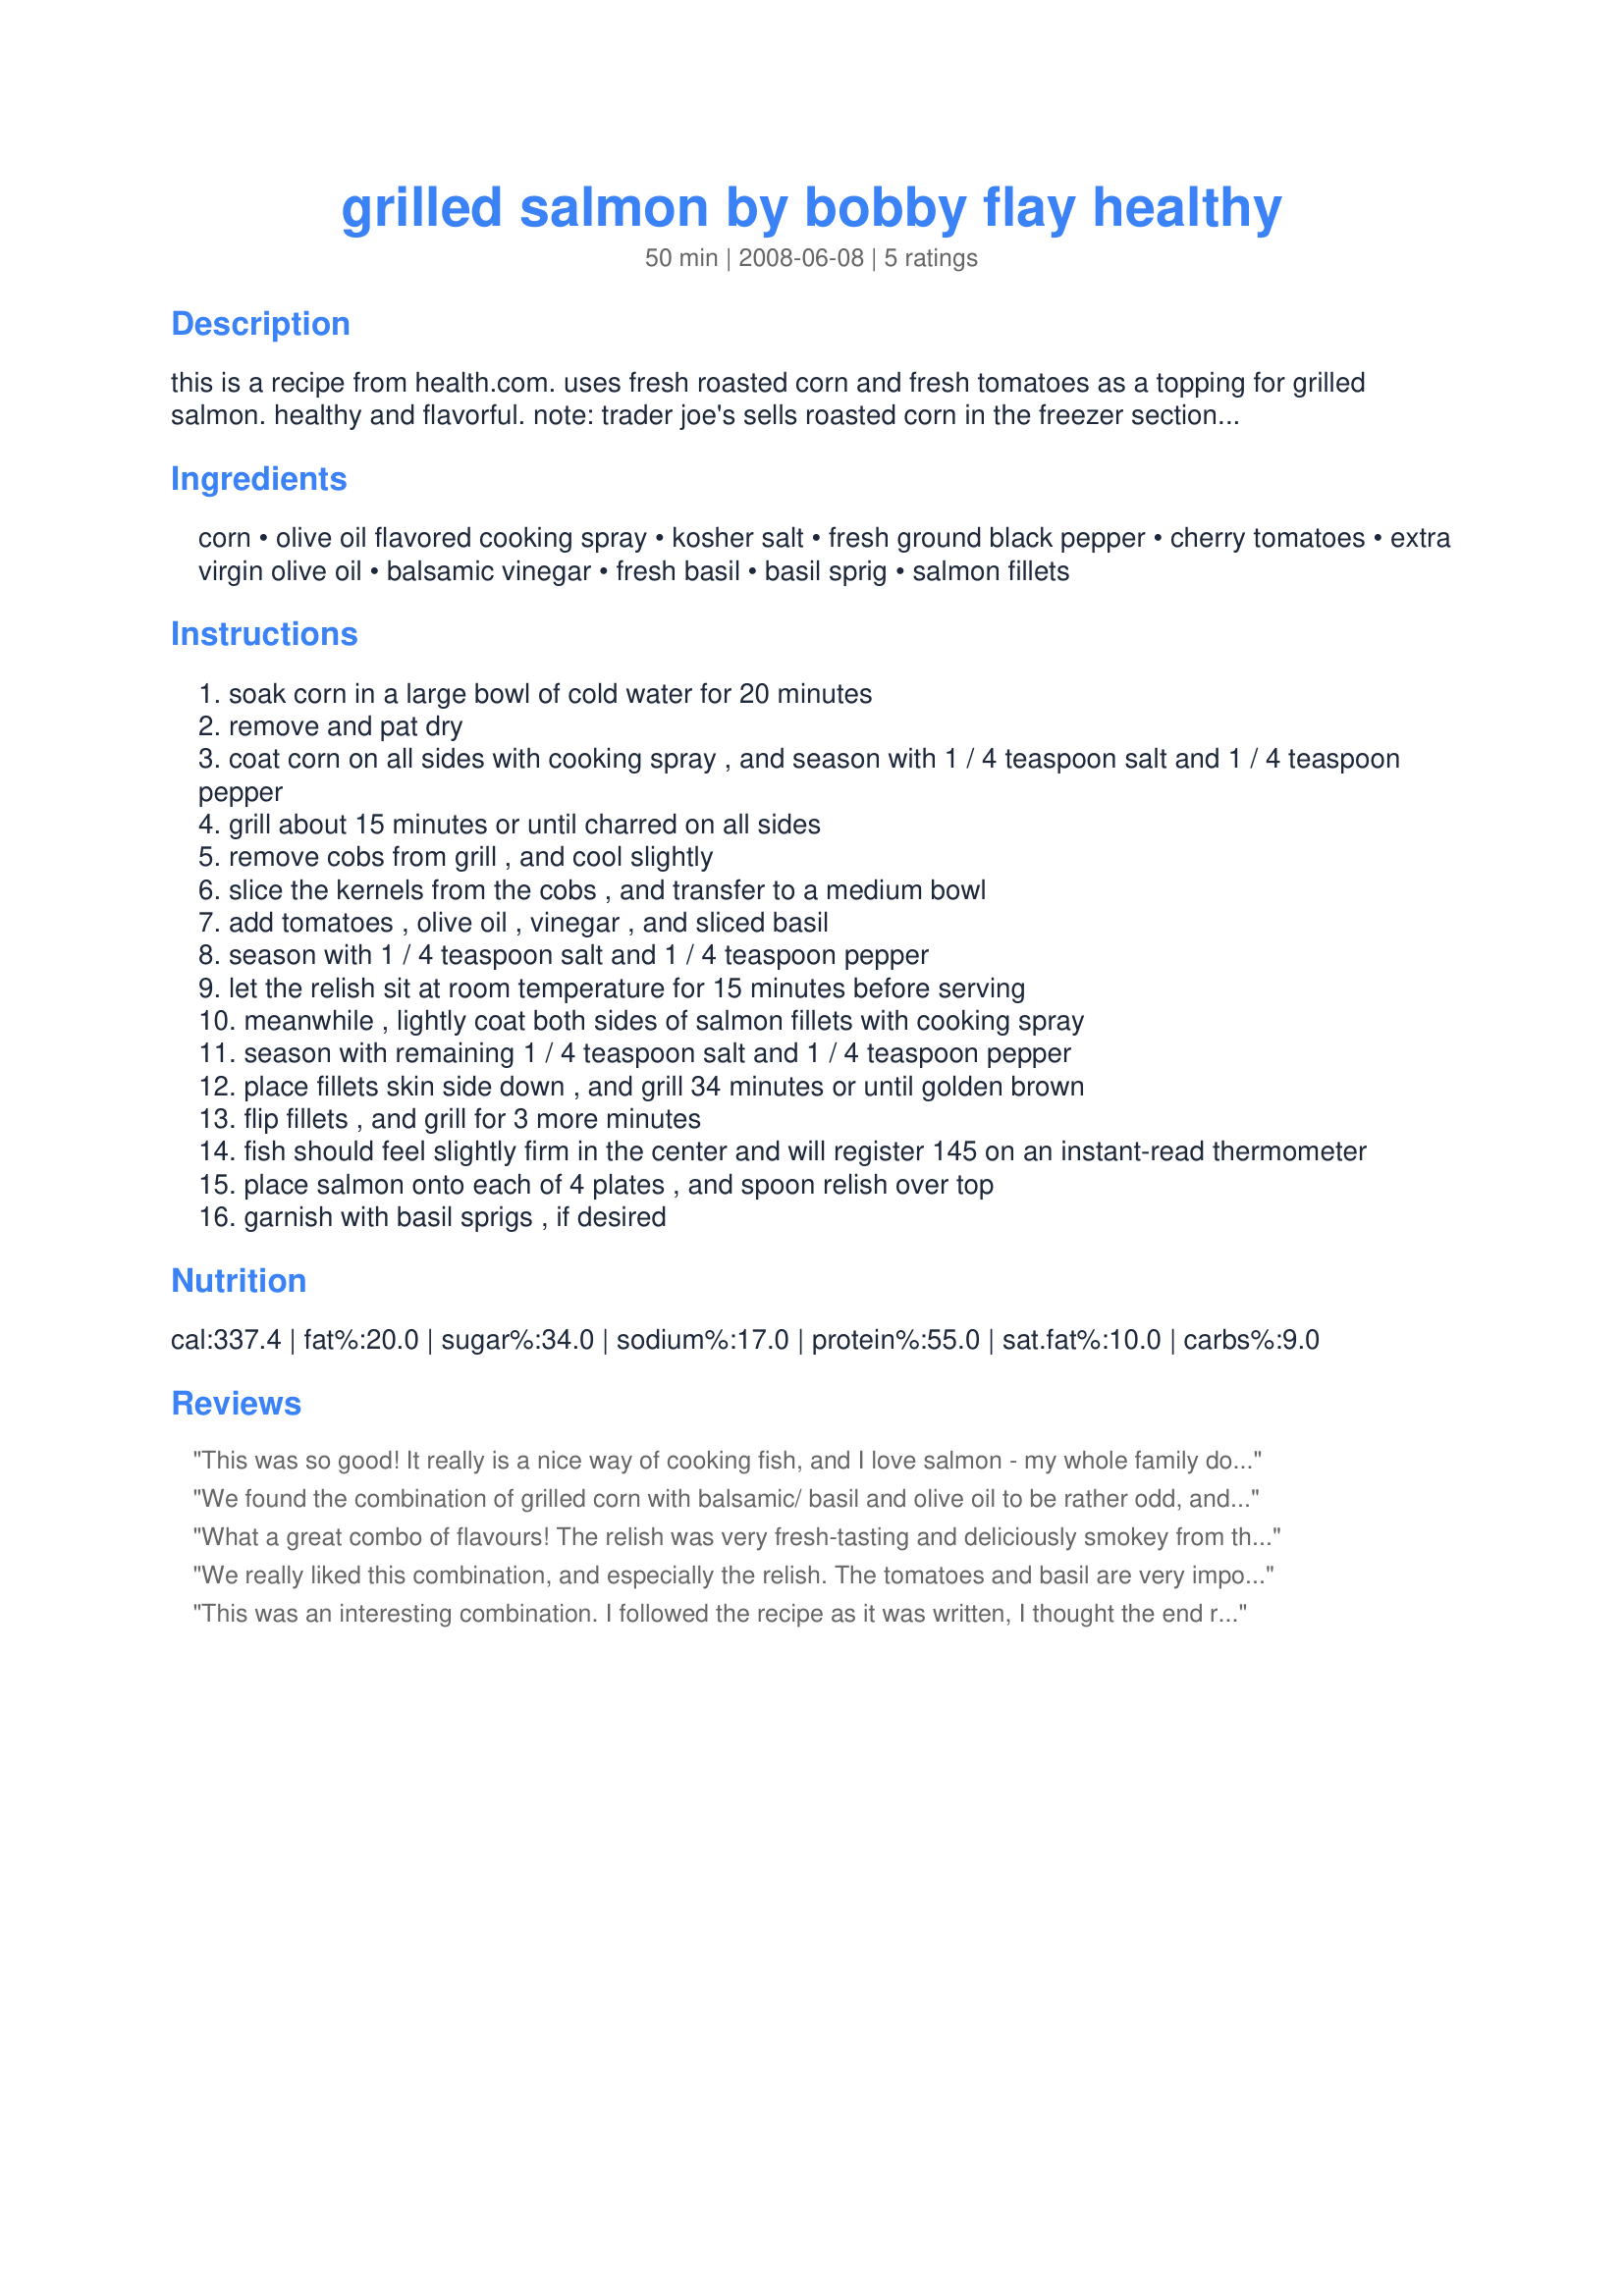
grilled salmon by bobby flay healthy
Preparation time: 50 minutes

this is a recipe from health.com. uses fresh roasted corn and fresh tomatoes as a topping for grilled salmon. healthy and flavorful. note: trader joe's sells roasted corn in the freezer section if you are looking for a short cut!

Ingredients:
corn, olive oil flavored cooking spray, kosher salt, fresh ground black pepper, cherry tomatoes, extra virgin olive oil, balsamic vinegar, fresh basil, basil sprig, salmon fillets

Steps:
soak corn in a large bowl of cold water for 20 minutes
remove and pat dry
coat corn on all sides with cooking spray , and season with 1 / 4 teaspoon salt and 1 / 4 teaspoon pepper
grill about 15 minutes or until charred on all sides
remove cobs from grill , and cool slightly
slice the kernels from the cobs , and transfer to a medium bowl
add tomatoes , olive oil , vinegar , and sliced basil
season with 1 / 4 teaspoon salt and 1 / 4 teaspoon pepper
let the relish sit at room temperature for 15 minutes before serving
meanwhile , lightly coat both sides of salmon fillets with cooking spray
season with remaining 1 / 4 teaspoon salt and 1 / 4 teaspoon pepper
place fillets skin side down , and grill 34 minutes or until golden brown
flip fillets , and grill for 3 more minutes
fish should feel slightly firm in the center and will register 145 on an instant-read thermometer
place salmon onto each of 4 plates , and spoon relish over top
garnish with basil sprigs , if desired

Reviews:
This was so good! It really is a nice way of cooking fish, and I love salmon - my whole family does! I find I like salmon tastes better when I find different ways to season to them, and this is no exception
We found the combination of grilled corn with balsamic/ basil and olive oil to be rather odd, and these are flavors we love. Though I like the grilled corn with the salmon, I would change the seasoning . Thank you JanuaryBride for sharing your recipe. Reviewed by a Chic Chef for ZWT 4
What a great combo of flavours! The relish was very fresh-tasting and deliciously smokey from the corn's being grilled. Great topper for the simply-grilled salmon. The instructions were very accurate and easy to follow. Served with tartar sauce and we were very happy.
We really liked this combination, and especially the relish. The tomatoes and basil are very important to it, don't leave them out. I halved the oil, and used more basil and wild king salmon.
This was an interesting combination. I followed the recipe as it was written, I thought the end result was great but the relish was a little labor intense for what you got in the end. Next time I think I will simplify it by using frozen corn. But all in all a good flavored recipe.
